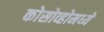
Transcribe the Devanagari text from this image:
कोसोव्होमध्ये